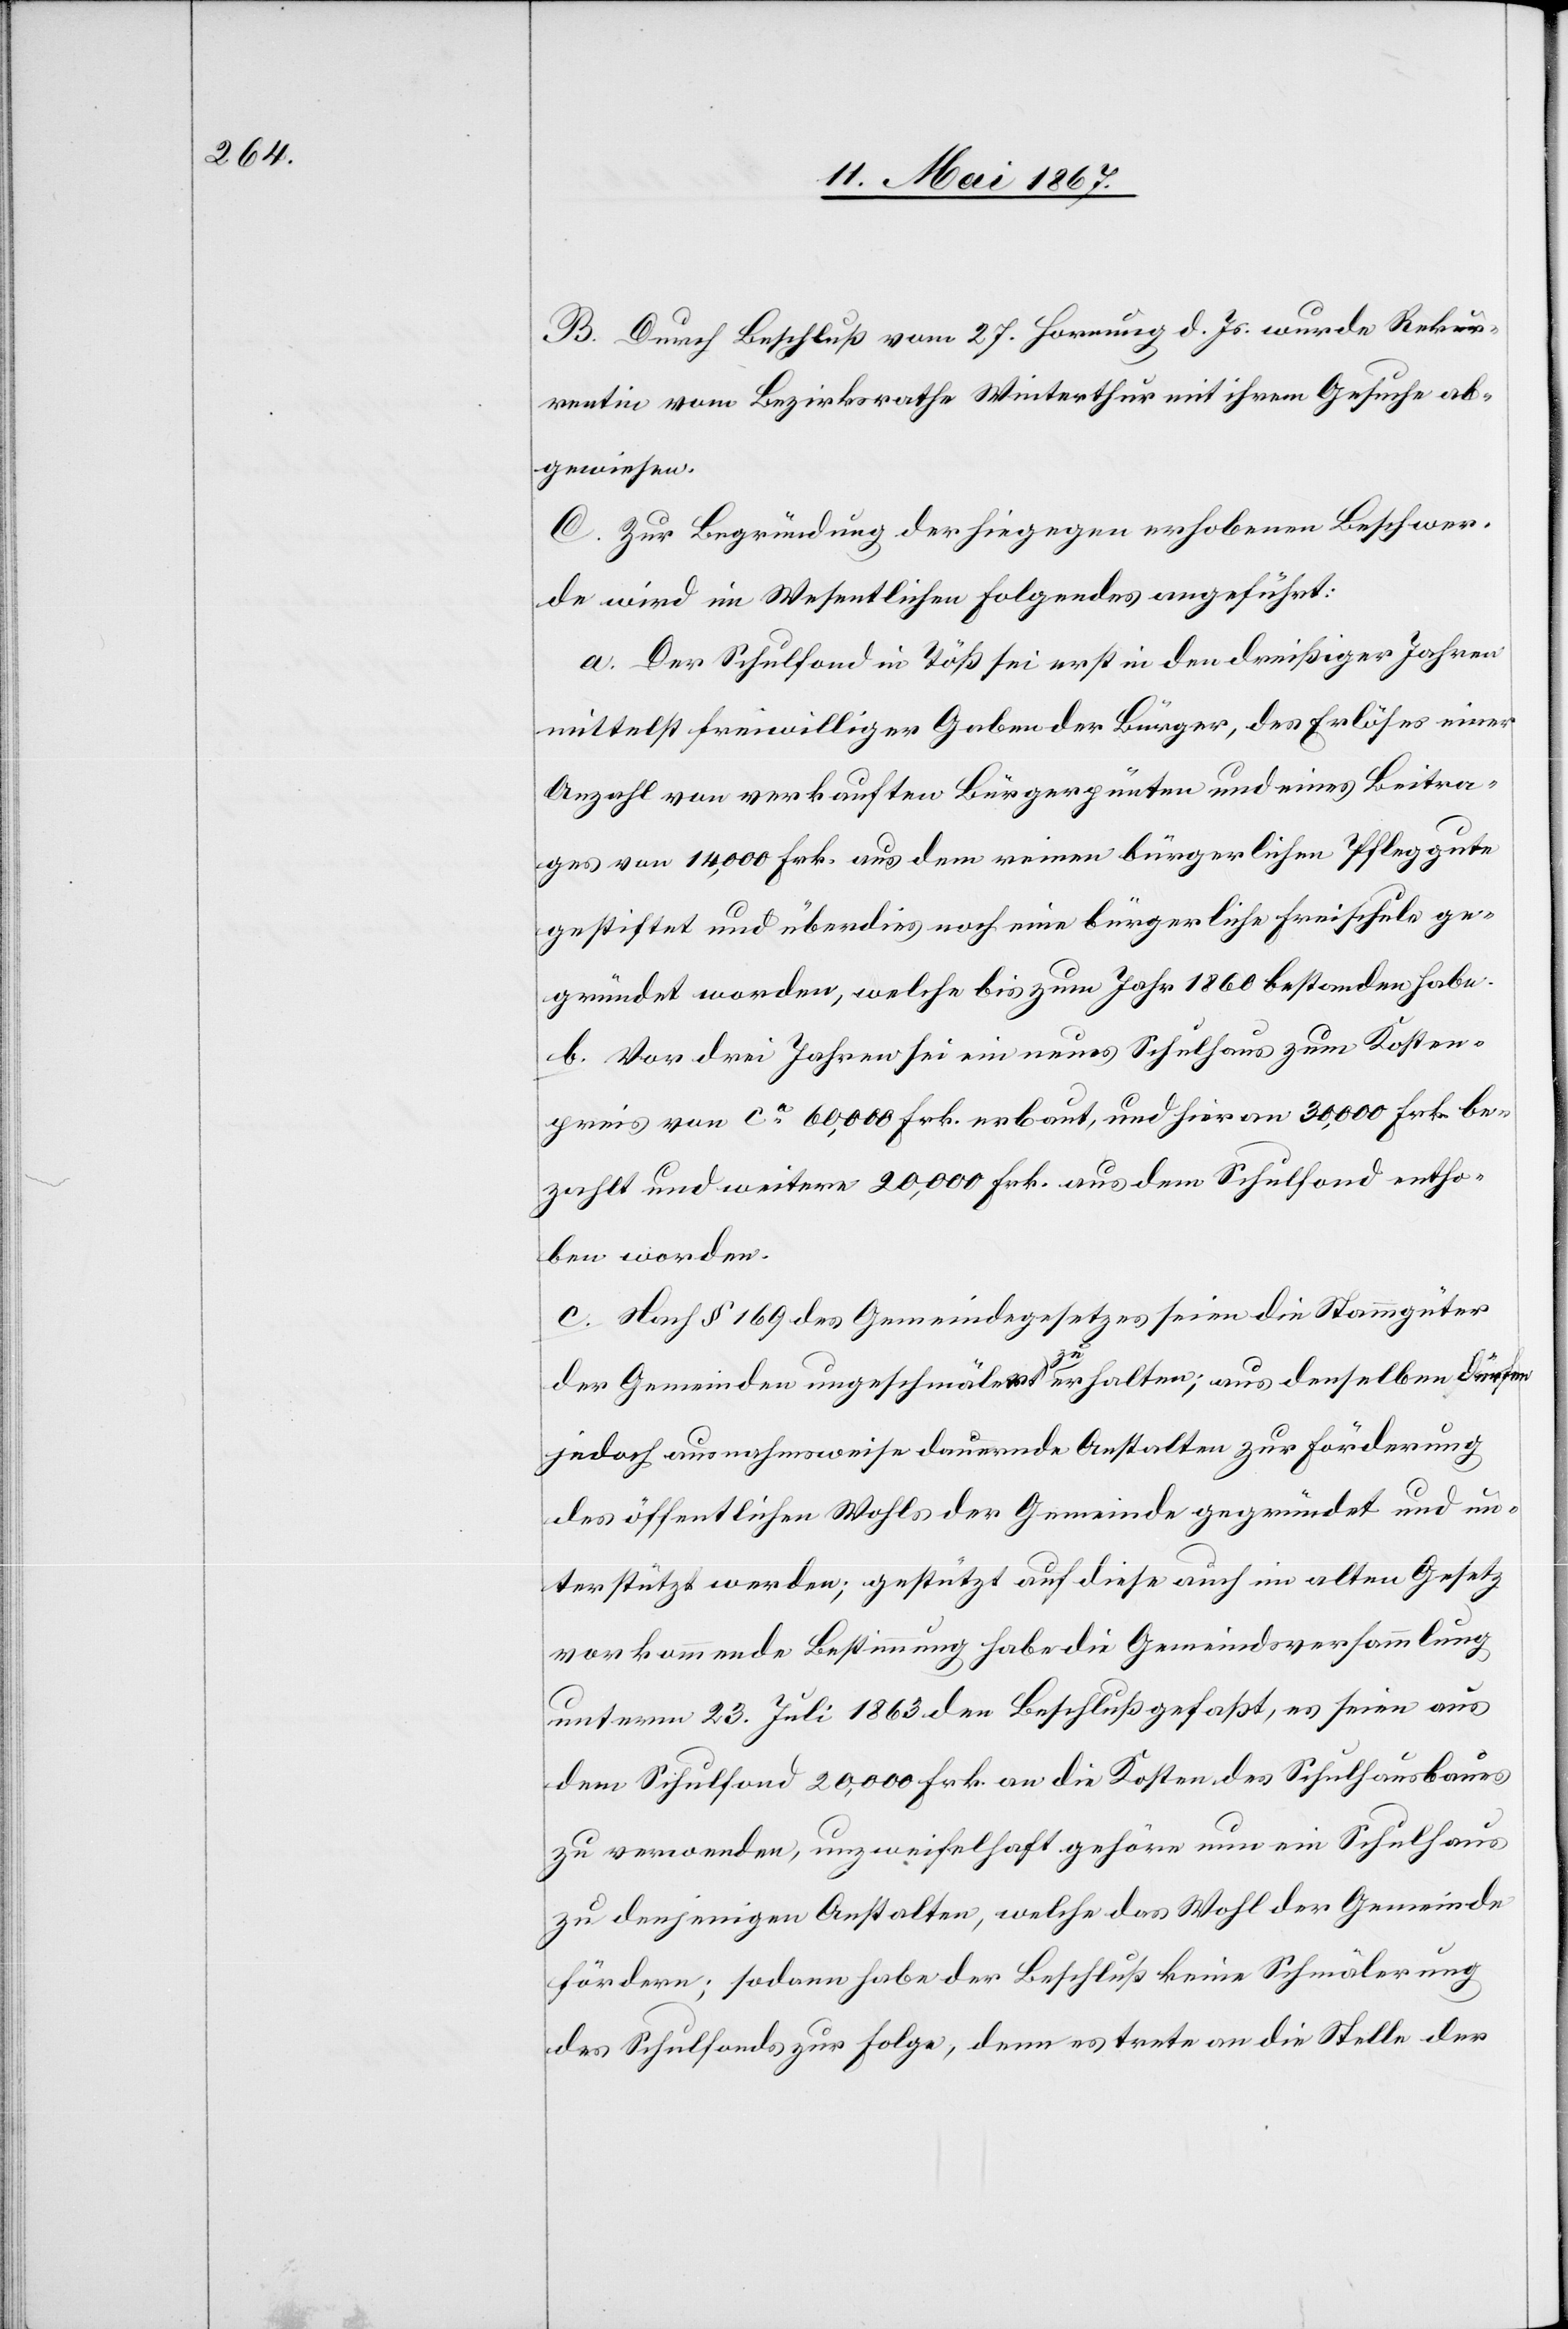
B. Durch Beschluß vom 27. Hornung d. Js. wurde Rekur¬
rentin vom Bezirksrathe Winterthur mit ihrem Gesuche ab¬
gewiesen.
C. Zur Begründung der hiegegen erhobenen Beschwer¬
de wird im Wesentlichen folgendes angeführt:
a. Der Schulfond in Töß sei erst in den dreißiger Jahren
mittelst freiwilliger Gaben der Bürger, des Erlöses einer
Anzahl von verkauften Bürgergärten und eines Beitra¬
ges von 14,000 Frk. aus dem reinen bürgerlichen Pfleggute
gestiftet und überdies noch eine bürgerliche Freischule ge¬
gründet worden, welche bis zum Jahr 1860 bestanden habe.
b. Vor drei Jahren sei ein neues Schulhaus zum Kosten¬
preis von ca. 60,000 Frk. erbaut, und hievon 30,000 Frk. be¬
zahlt und weitere 20,000 Frk. aus dem Schulfond entho¬
ben worden.
c. Nach § 169 des Gemeindegesetzes seien die Hausgüter
der Gemeinden ungeschmälert zu erhalten; aus denselben dürfen
jedoch ausnahmsweise dauernde Anstalten zur Förderung
des öffentlichen Wohles der Gemeinde gegründet und un¬
terstützt werden; gestützt auf diese auch im alten Gesetz
vorkommende Bestimmung habe die Gemeindsversammlung
unterm 23. Juli 1863 den Beschluß gefaßt, es seien aus
dem Schulfond 20,000 Frk. an die Kosten des Schulhausbaues
zu verwenden, unzweifelhaft gehöre nun ein Schulhaus
zu denjenigen Anstalten, welche das Wohl der Gemeinde
fördern; sodann habe der Beschluß keine Schmälerung
des Schulfonds zur Folge, denn es trete an die Stelle der